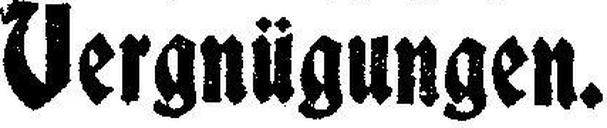
Vergnügungen.